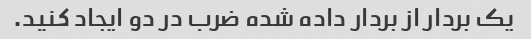
یک بردار از بردار داده شده ضرب در دو ایجاد کنید.